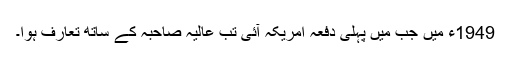
1949ء میں جب میں پہلی دفعہ امریکہ آئی تب عالیہ صاحبہ کے ساتھ تعارف ہوا۔